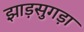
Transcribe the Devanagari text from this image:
झाड़सुगड़ा